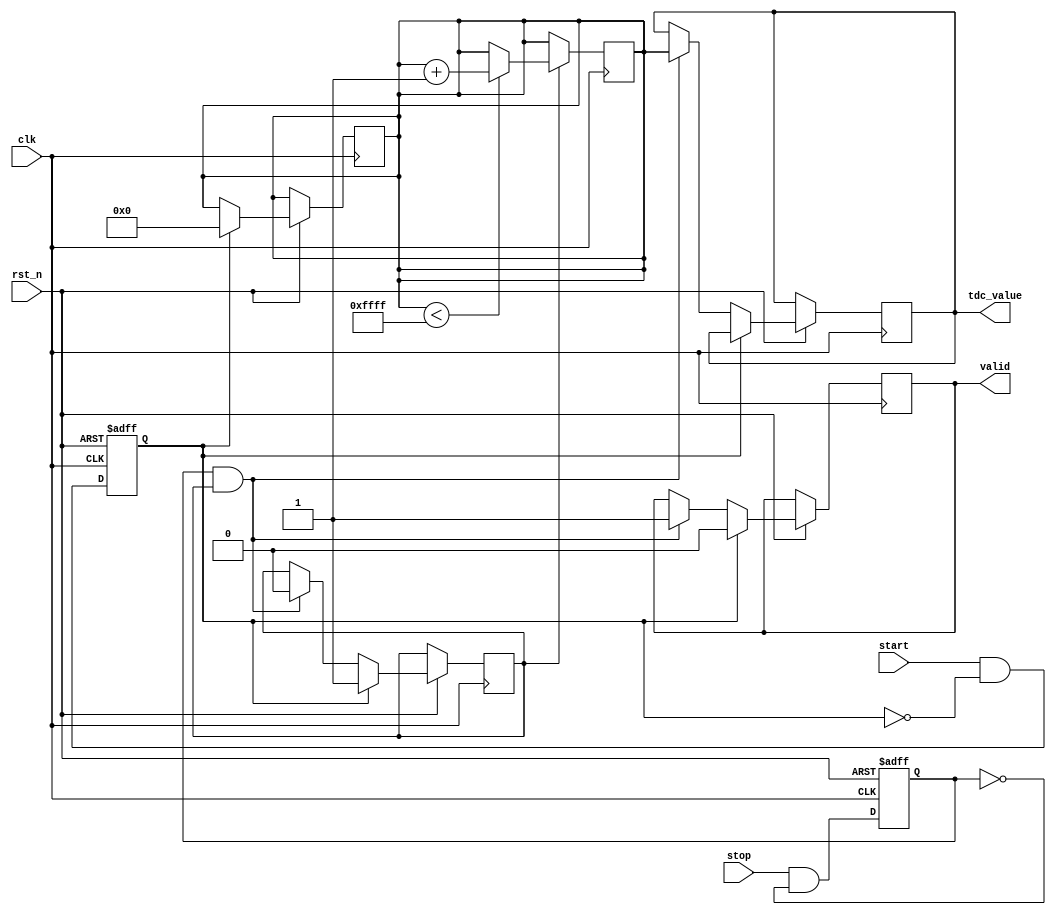
module TDC (
    input wire clk,             // High-frequency clock
    input wire rst_n,           // Asynchronous active-low reset
    input wire start,           // Start signal
    input wire stop,            // Stop signal
    output reg [15:0] tdc_value, // Time interval output (16-bit)
    output reg valid            // Indicator for valid measurement
);

    parameter N = 16;           // Number of delay stages (should be defined according to your requirements)
    parameter MAX_COUNT = 65535; // Maximum count value for 16-bit counter

    reg [15:0] delay_line [0:N-1];  // Delay line array
    reg [15:0] counter;               // Counter for clock cycles
    reg measuring;                    // State flag for measuring

    // Generate delay line (simple shift register approach for illustration)
    integer i;
    always @(posedge clk or negedge rst_n) begin
        if (!rst_n) begin
            for (i = 0; i < N; i = i + 1) begin
                delay_line[i] <= 0;
            end
        end else begin
            // Shift the delay line
            for (i = N-1; i > 0; i = i - 1) begin
                delay_line[i] <= delay_line[i-1];
            end
            // Capture the start signal at the first delay stage
            delay_line[0] <= start;
        end
    end

    // Edge detection for start and stop signals
    reg start_detected, stop_detected;
    always @(posedge clk or negedge rst_n) begin
        if (!rst_n) begin
            start_detected <= 0;
            stop_detected <= 0;
        end else begin
            start_detected <= start && !start_detected;
            stop_detected <= stop && !stop_detected;
            if (start_detected) begin
                measuring <= 1; // Start measuring
                counter <= 0;   // Reset counter
                valid <= 0;     // Reset valid flag
            end else if (stop_detected && measuring) begin
                measuring <= 0; // Stop measuring
                tdc_value <= counter; // Store counter value
                valid <= 1; // Measurement is valid
            end
        end
    end

    // Counter logic
    always @(posedge clk) begin
        if (measuring) begin
            if (counter < MAX_COUNT) begin
                counter <= counter + 1; // Increment counter
            end
        end
    end

endmodule